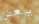
يعض